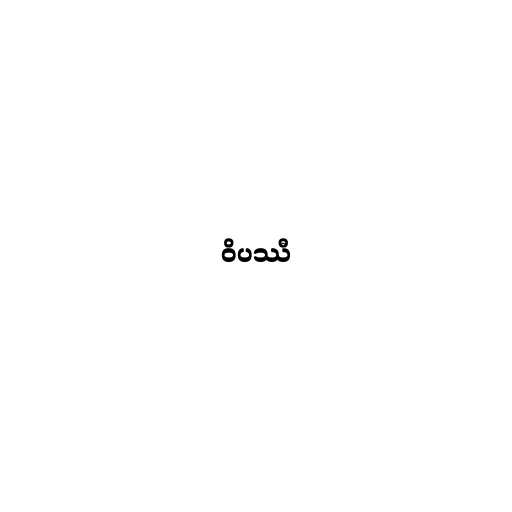
ဝိပဿီ